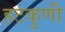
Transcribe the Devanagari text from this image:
हटकुणी